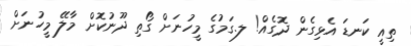
ތިއީ ކަނޑަ އެޅިގެން ދޮގެއް! ލ.ގަމުގެ މީހުނަށް ގޯތި ދޫނުކޮށް މާލޭ މީހުނަށް